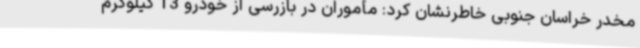
مخدر خراسان جنوبی خاطرنشان کرد: مأموران در بازرسی از خودرو 13 کیلوگرم